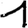
Digit: 1